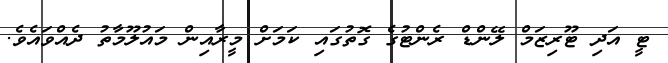
ޓީ އަދި ޓޫރިޒަމް ލޭންޑް ރެންޓުގެ ގޮތުގައި ކަމަށް މީރާއިން މައުލޫމާތު ދެއްވައެވެ.